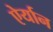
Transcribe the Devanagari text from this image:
ऐर्यान